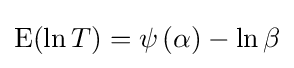
\operatorname {E} (\ln T)=\psi \left(\alpha \right)-\ln \beta